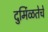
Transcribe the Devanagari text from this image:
दुर्मिळतेचे